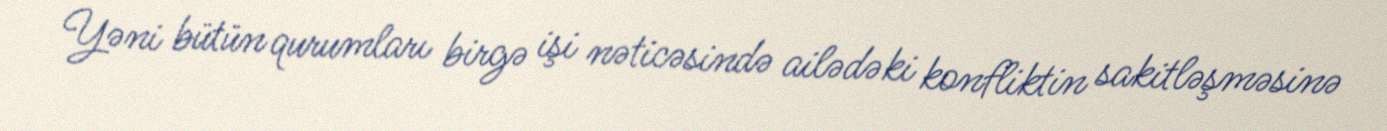
Yəni bütün qurumları birgə işi nəticəsində ailədəki konfliktin sakitləşməsinə